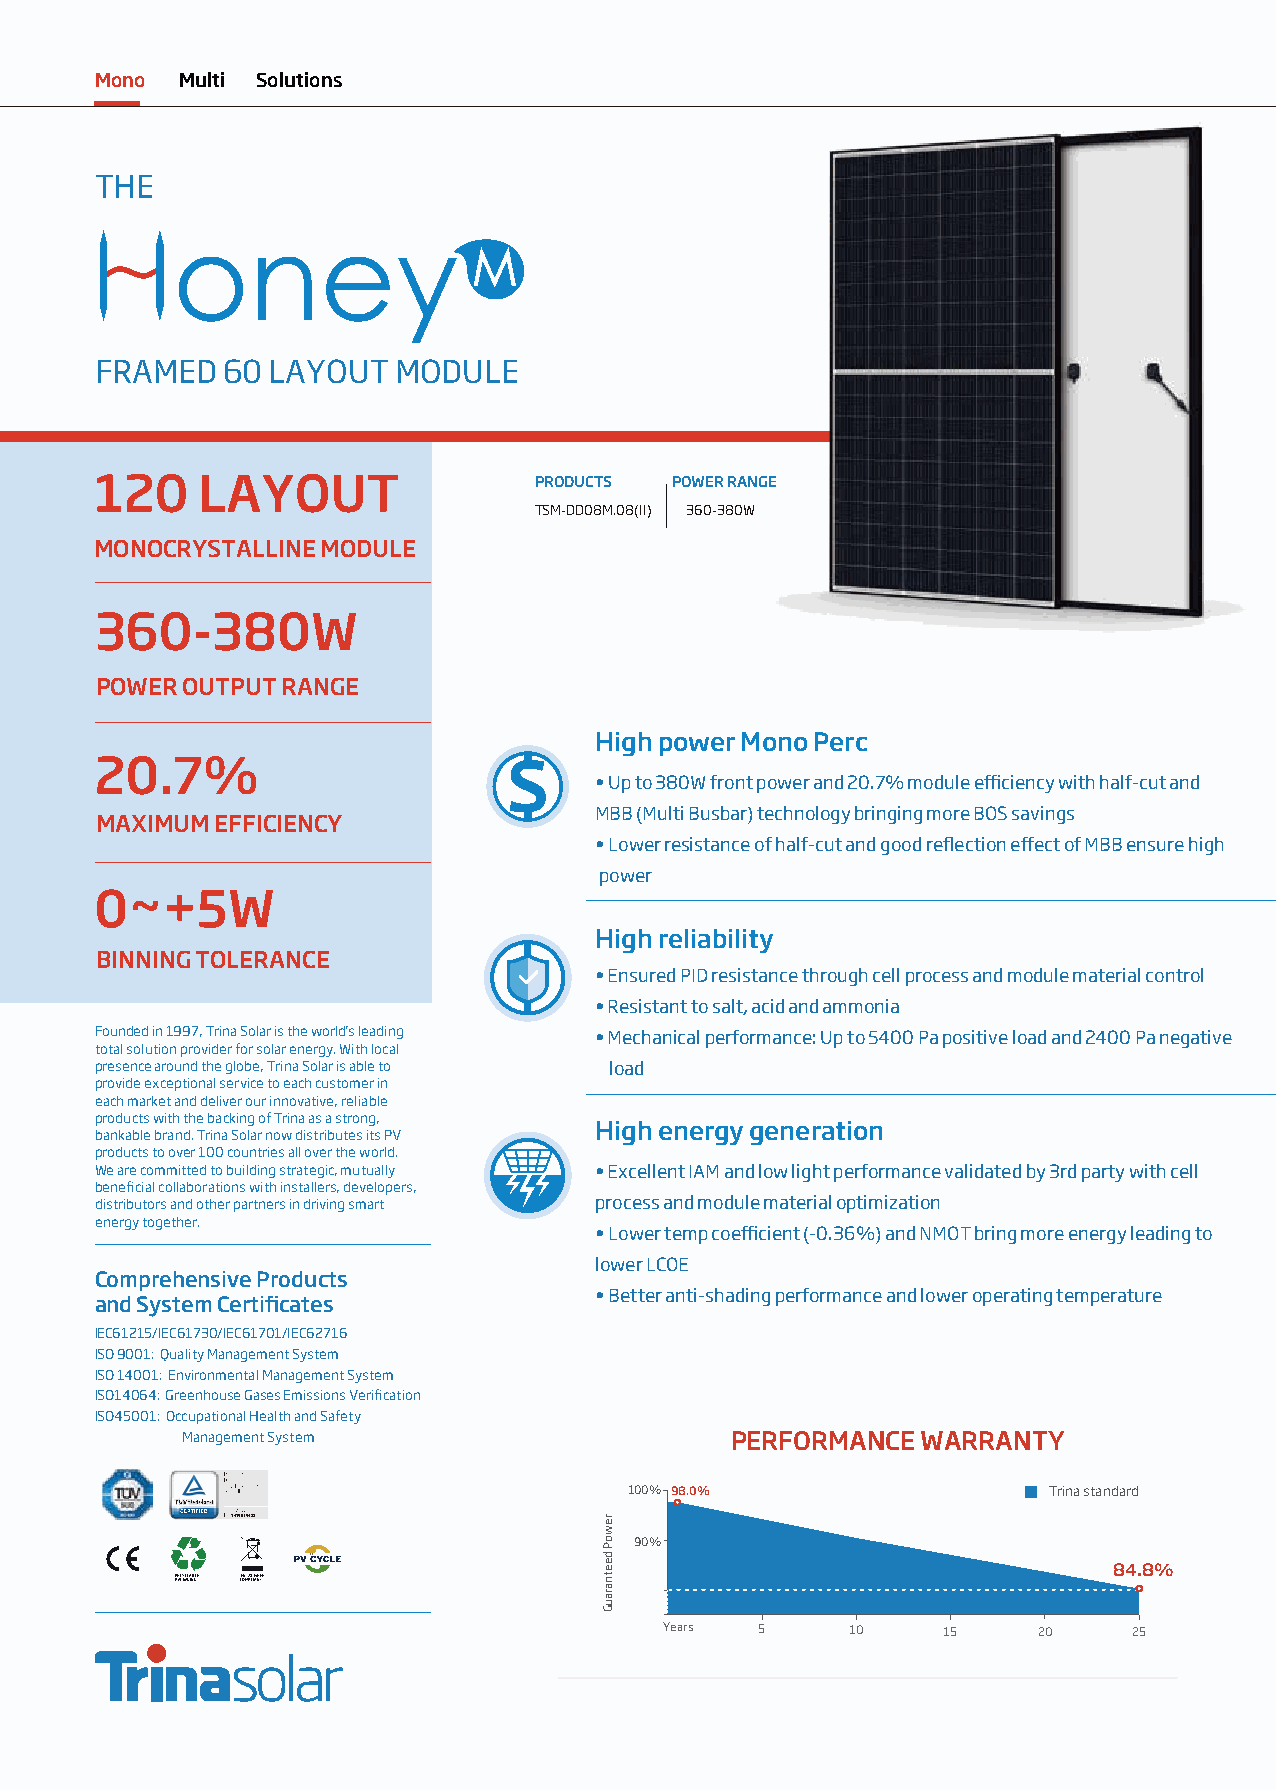
Mono  Multi Solutions
 THE
 FRAMED   60 LAYOUT  MODULE
 120    LAYOUT                PRODUCTS POWER RANGE
 TSM-DD08M.08(II) 360-380W
 MONOCRYSTALLINE MODULE
 360-380W
 POWER OUTPUT RANGE
 High power Mono Perc
 20.7%
 • Up to 380W front power and 20.7% module efficiency with half-cut and
 MBB (Multi Busbar) technology bringing more BOS savings
 MAXIMUM EFFICIENCY
 • Lower resistance of half-cut and good reflection effect of MBB ensure high
 power
 0~+5W
 High reliability
 BINNING TOLERANCE
 • Ensured PID resistance through cell process and module material control
 • Resistant to salt, acid and ammonia
 Founded in 1997, Trina Solar is the world's leading • Mechanical performance: Up to 5400 Pa positive load and 2400 Pa negative
 total solution provider for solar energy. With local
 presence around the globe, Trina Solar is able to load
 provide exceptional service to each customer in
 each market and deliver our innovative, reliable
 products with the backing of Trina as a strong,
 High energy generation
 bankable brand. Trina Solar now distributes its PV
 products to over 100 countries all over the world.
 We are committed to building strategic, mutually • Excellent IAM and low light performance validated by 3rd party with cell
 beneficial collaborations with installers, developers,
 distributors and other partners in driving smart process and module material optimization
 energy together.
 • Lower temp coefficient (-0.36%) and NMOT bring more energy leading to
 lower LCOE
 Comprehensive Products
 • Better anti-shading performance and lower operating temperature
 and System Certificates
 IEC61215/IEC61730/IEC61701/IEC62716
 ISO 9001: Quality Management System
 ISO 14001: Environmental Management System
 ISO14064: Greenhouse Gase s Emissions Verification
 ISO45001: Occupational Health and Safety
 Management System                   PERFORMANCE  WARRANTY
 100% 98.0%                 Trina standard
 1419039488
 90%
 84.8%
 RPEACCYKCALGAINBGLE CEOUM-2P8L IWANEETE
 Years 5     10    15     20    25
 rewoP
 deetnarauG